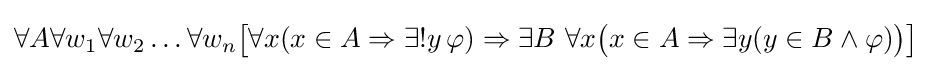
\forall A\forall w_{1}\forall w_{2}\ldots \forall w_{n}{\bigl [}\forall x(x\in A\Rightarrow \exists !y\,\varphi )\Rightarrow \exists B\ \forall x{\bigl (}x\in A\Rightarrow \exists y(y\in B\land \varphi ){\bigr )}{\bigr ]}